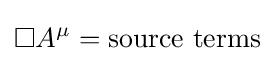
\Box A^{\mu }={\text{source terms}}